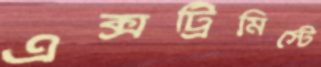
এক্সট্রিমিস্টে